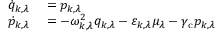
\begin{array} { r l } { \dot { q } _ { k , \lambda } } & { { } = p _ { k , \lambda } } \\ { \dot { p } _ { k , \lambda } } & { { } = - \omega _ { k , \lambda } ^ { 2 } q _ { k , \lambda } - \varepsilon _ { k , \lambda } \mu _ { \lambda } - \gamma _ { \mathrm { c } } p _ { k , \lambda } } \end{array}